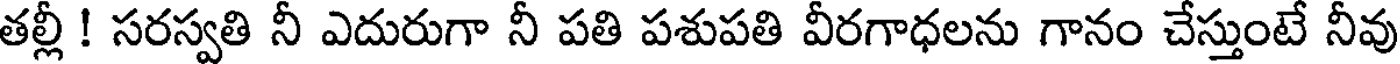
తల్లీ ! సరస్వతి నీ ఎదురుగా నీ పతి పశుపతి వీరగాధలను గానం చేస్తుంటే నీవు